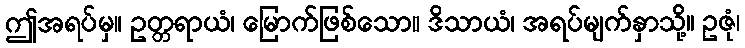
ဤအရပ်မှ။ ဥတ္တရာယံ၊ မြောက်ဖြစ်သော။ ဒိသာယံ၊ အရပ်မျက်နှာသို့။ ဥဇုံ၊